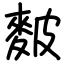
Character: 麬